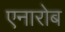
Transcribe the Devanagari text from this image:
एनारोब